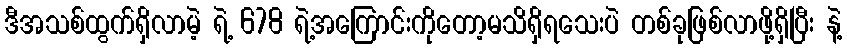
ဒီအသစ်ထွက်ရှိလာမဲ့ ရဲ့ 678 ရဲ့အကြောင်းကိုတော့မသိရှိရသေးပဲ တစ်ခုဖြစ်လာဖို့ရှိပြီး နဲ့